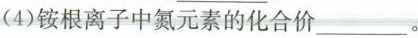
(4)铵根离子中氮元素的化合价___。